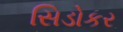
સિડોકર